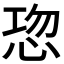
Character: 𭜹